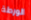
الورطة